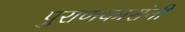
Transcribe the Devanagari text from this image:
पुराणकारांनी